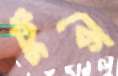
টুকে